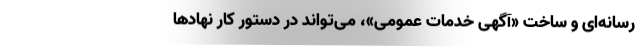
رسانه­‌ای و ساخت «آگهی خدمات عمومی»، می‌تواند در دستور کار نهادها